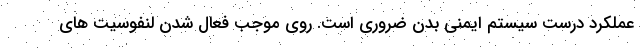
عملکرد درست سیستم ایمنی بدن ضروری است. روی موجب فعال شدن لنفوسیت های